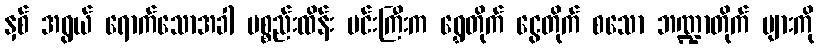
နှစ် အရွယ် ရောက်သောအခါ ပစ္စည်းထိန်း မင်းကြီးက ရွှေတိုက် ငွေတိုက် စသော ဘဏ္ဍာတိုက် များကို